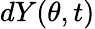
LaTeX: dY(\theta,t)